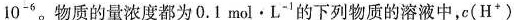
1 0 ^ { - 6 }$$。物质的量浓度都为0.1 mol · L^{-1}的下列物质的溶液中,c(H^{+})